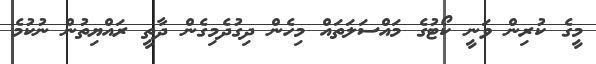
މީގެ ކުރިން ވަނީ ކޯޓުގެ މައްސަލަތައް މިހެން ދިގުދެމިގެން ދާތީ ރައްޔިތުން ނުކުމެ